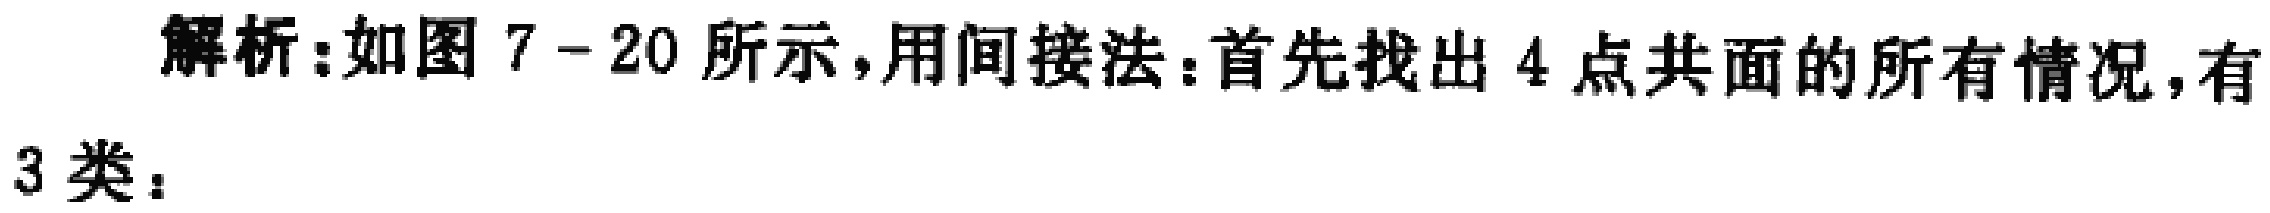
解析:如图7 - 20所示，用间接法：首先找出4点共面的所有情况，有
3类：